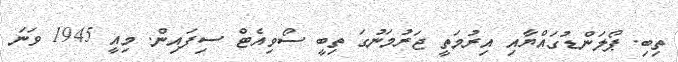
ތިބި. ޕޯލަންޑުގައްޔާއި އިރުމަތީ ޖަރުމަނުގަ ތިބީ ސޯވިއެޓް ސިފައިން. މިއީ 1945 ވަނަ